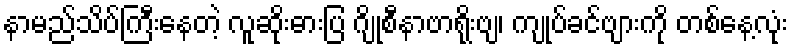
နာမည်သိပ်ကြီးနေတဲ့ လူဆိုးဓားပြ ဂျိုစီနာဗာရိုးဗျ၊ ကျုပ်ခင်ဗျားကို တစ်နေ့လုံး